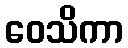
ဝေသိကာ